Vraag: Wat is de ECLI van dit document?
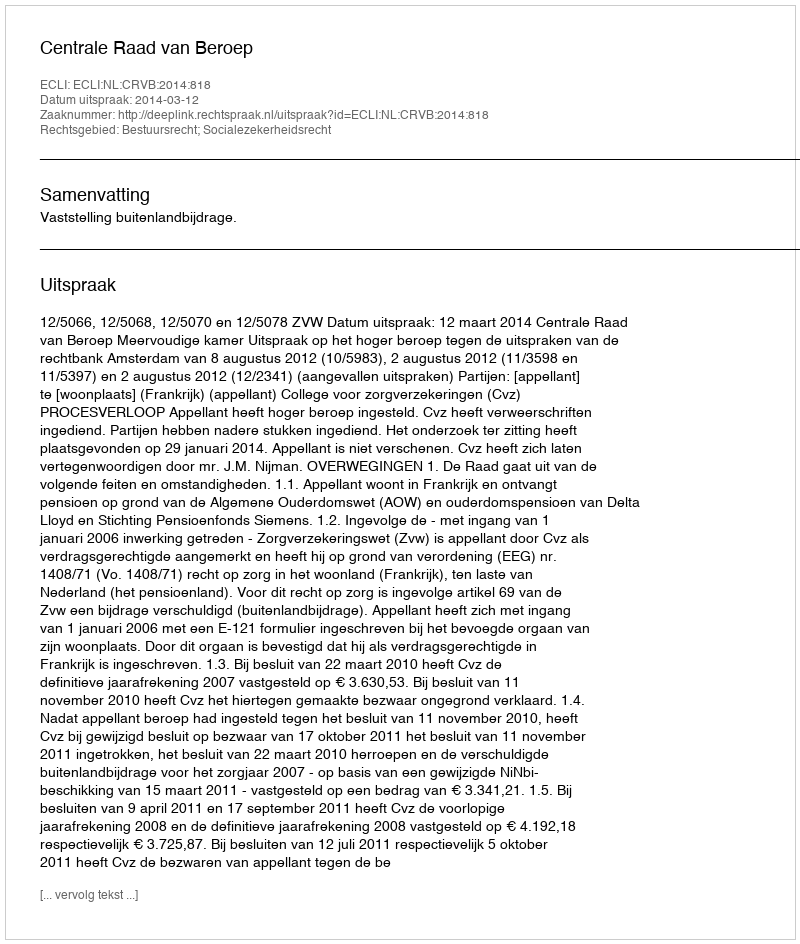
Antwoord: ECLI:NL:CRVB:2014:818